Vaccine operations Central Provinces & Berar 1912-1920 - 1912-1920
Year: 1912
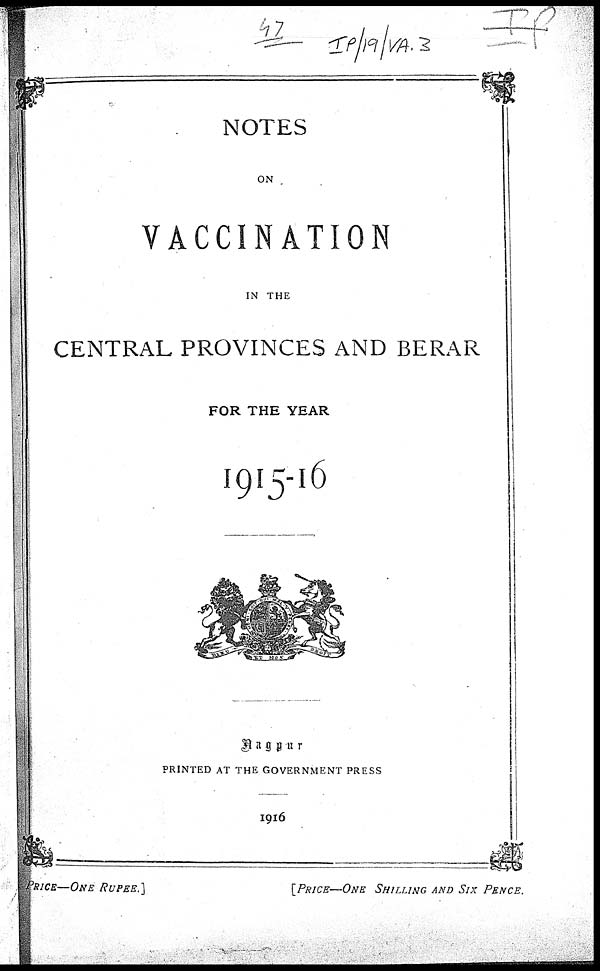
NOTES
ON
VACCINATION
IN THE
CENTRAL PROVINCES AND BERAR
FOR THE YEAR
1915-16
Nagpur
PRINTED AT THE GOVERNMENT PRESS
1916
PRICE—ONE
RUPEE.]
[PRICE—ONE SHILLING AND SIX PENCE.